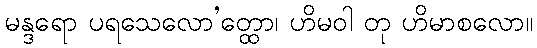
မန္ဒရော ပရသေလော’တ္ထော၊ ဟိမဝါ တု ဟိမာစလော။